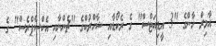
އާމިރް ހާންގެ "3 އީޑިއަޓްސް" ގެ ރެކޯޑާއި ޝާހްރުކްގެ "ޗެންނާއި އެކްސްޕްރެސް" ގެ